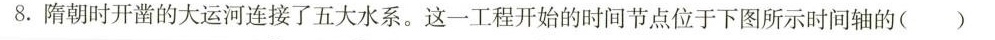
8.隋朝时开凿的大运河连接了五大水系。这一工程开始的时间节点位于下图所示时间轴的()